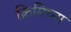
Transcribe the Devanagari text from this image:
क्रिमिघ्ना